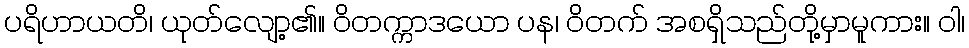
ပရိဟာယတိ၊ ယုတ်လျော့၏။ ဝိတက္ကာဒယော ပန၊ ဝိတက် အစရှိသည်တို့မှာမူကား။ ဝါ၊